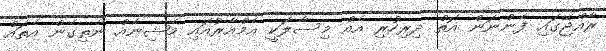
ރާއްޖޭގައި ފެންނަން އޮތް ދިރިހުރި އެއް މިސާލަކީ އެމްއާރުއައި މެޝިނެއް ނެތިގެން އެތައް